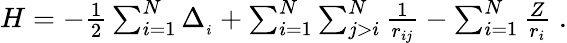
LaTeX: \begin{array}{r}{H=-\frac{1}{2}\sum_{i=1}^{N}\Delta_{_i}+\sum_{i=1}^{N}\sum_{j>i}^{N}\frac{1}{r_{ij}}-\sum_{i=1}^{N}\frac{Z}{r_{i}}\; .}\end{array}